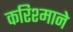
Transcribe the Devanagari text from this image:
करिश्माने